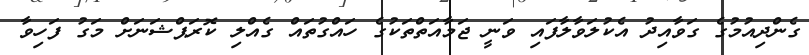
ގެންދިއުމުގެ ގަވާއިދު އެކުލަވާލާފައި ވަނީ ޖަމާއަތްތަކުގެ ހައްގުތައް ގެއްލި ކޮރަޕްޝަނަށް މަގު ފަހިވާ